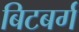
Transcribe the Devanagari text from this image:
बिटबर्ग